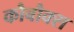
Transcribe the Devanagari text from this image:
कौबौक्स